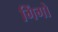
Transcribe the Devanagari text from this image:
गिंगो